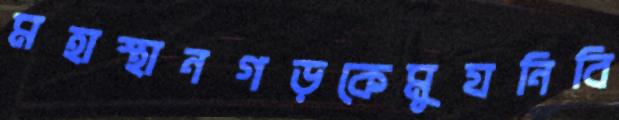
মহাস্থানগড়কেমুযনিবি